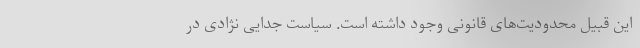
این قبیل محدودیت‌های قانونی وجود داشته است. سیاست جدایی نژادی در